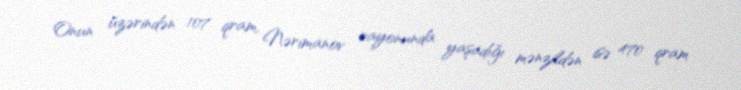
Onun üzərindən 107 qram, Nərimanov rayonunda yaşadığı mənzildən isə 470 qram